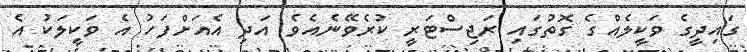
ގައިދީގެ ވަކީލެއްގެ ގޮތުގައި ރަޖިސްޓަރީ ކުރެވޭނެއެވެ. އަދި އެއަށްފަހު އެ ވަކީލަކު އެ